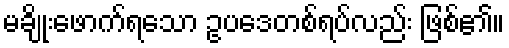
မချိုးဖောက်ရသော ဥပဒေတစ်ရပ်လည်း ဖြစ်၏။